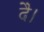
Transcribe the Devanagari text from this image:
दै।